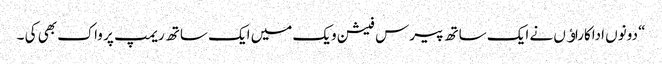
“ دونوں اداکاراﺅں نے ایک ساتھ پیرس فیشن ویک میں ایک ساتھ ریمپ پر واک بھی کی ۔